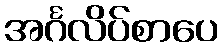
အင်္ဂလိပ်စာပေ